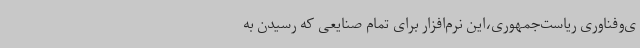
ی‌وفناوری ریاست‌جمهوری،این نرم‌افزار برای تمام صنایعی که رسیدن به